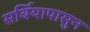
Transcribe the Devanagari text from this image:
सर्बियापासुन